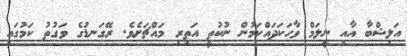
އަލިޝްބާ އާއި ނީލަމް ވާހަކަދައްކަމުން ނުކުތީ އަތިރި މައްޗަށެވެ. ރޭގަނޑުގެ ވަގުތު ކަމުގައި